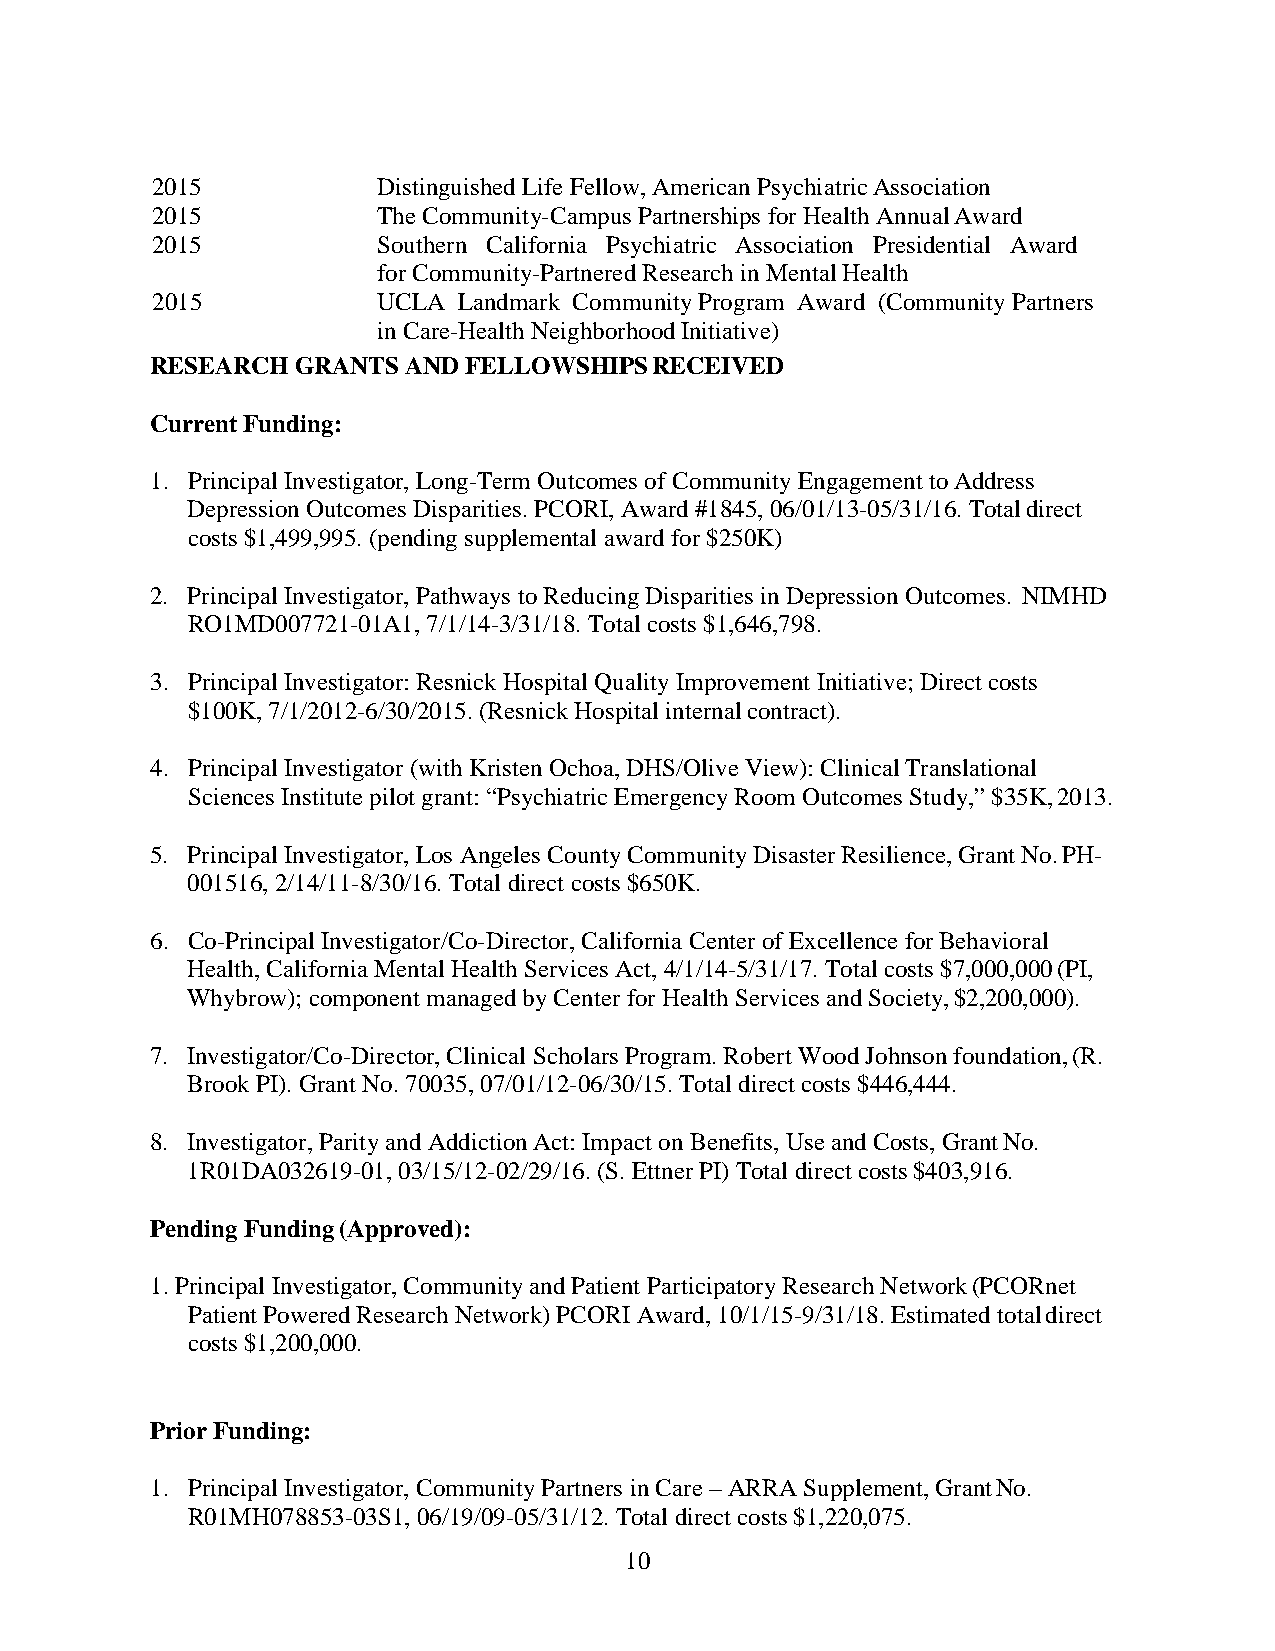
2015           Distinguished Life Fellow, American Psychiatric Association
 2015           The Community-Campus Partnerships for Health Annual Award
 2015           Southern California Psychiatric Association Presidential Award
 for Community-Partnered Research in Mental Health
 2015           UCLA Landmark Community Program Award (Community Partners
 in Care-Health Neighborhood Initiative)
 RESEARCH  GRANTS AND FELLOWSHIPS RECEIVED
 Current Funding:
 1. Principal Investigator, Long-Term Outcomes of Community Engagement to Address
 Depression Outcomes Disparities. PCORI, Award #1845, 06/01/13-05/31/16. Total direct
 costs $1,499,995. (pending supplemental award for $250K)
 2. Principal Investigator, Pathways to Reducing Disparities in Depression Outcomes. NIMHD
 RO1MD007721-01A1, 7/1/14-3/31/18. Total costs $1,646,798.
 3. Principal Investigator: Resnick Hospital Quality Improvement Initiative; Direct costs
 $100K, 7/1/2012-6/30/2015. (Resnick Hospital internal contract).
 4. Principal Investigator (with Kristen Ochoa, DHS/Olive View): Clinical Translational
 Sciences Institute pilot grant: “Psychiatric Emergency Room Outcomes Study,” $35K, 2013.
 5. Principal Investigator, Los Angeles County Community Disaster Resilience, Grant No. PH-
 001516, 2/14/11-8/30/16. Total direct costs $650K.
 6. Co-Principal Investigator/Co-Director, California Center of Excellence for Behavioral
 Health, California Mental Health Services Act, 4/1/14-5/31/17. Total costs $7,000,000 (PI,
 Whybrow); component managed by Center for Health Services and Society, $2,200,000).
 7. Investigator/Co-Director, Clinical Scholars Program. Robert Wood Johnson foundation, (R.
 Brook PI). Grant No. 70035, 07/01/12-06/30/15. Total direct costs $446,444.
 8. Investigator, Parity and Addiction Act: Impact on Benefits, Use and Costs, Grant No.
 1R01DA032619-01, 03/15/12-02/29/16. (S. Ettner PI) Total direct costs $403,916.
 Pending Funding (Approved):
 1. Principal Investigator, Community and Patient Participatory Research Network (PCORnet
 Patient Powered Research Network) PCORI Award, 10/1/15-9/31/18. Estimated total direct
 costs $1,200,000.
 Prior Funding:
 1. Principal Investigator, Community Partners in Care – ARRA Supplement, Grant No.
 R01MH078853-03S1, 06/19/09-05/31/12. Total direct costs $1,220,075.
 10